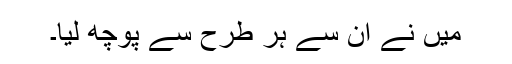
میں نے ان سے ہر طرح سے پوچھ لیا۔